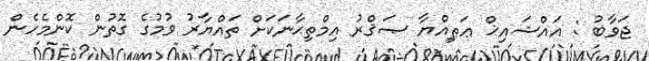
ޖަވާބު : އައްޝައިޚް ޢަޠިއްޔާ ޞަޤްރު އިމްތިޙާނަކަށް ތައްޔާރު ވުމުގެ ގޮތުން ކޮންމެހެން